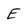
Character: E